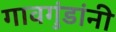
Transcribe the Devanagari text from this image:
गावगुंडांनी